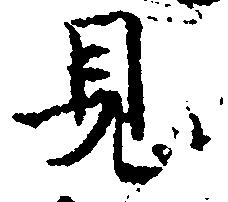
見